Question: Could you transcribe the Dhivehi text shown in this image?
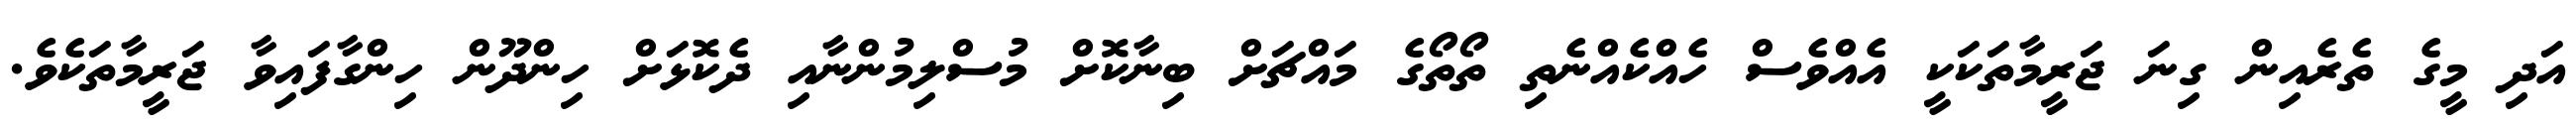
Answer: އަދި މީގެ ތެރެއިން ގިނަ ޖަރީމާތަކަކީ އެއްވެސް ހެއްކެއްނެތި ތޯތޯގެ މައްޗަށް ބިނާކޮށް މުސްލިމުންނާއި ދެކޮޅަށް ހިންދޫން ހިންގާފައިވާ ޖަރީމާތަކެވެ.